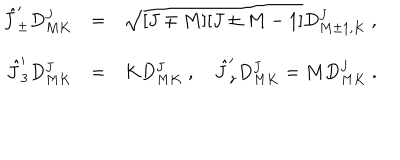
\begin{array} { r c l } { { \hat { J } _ { \pm } ^ { \prime } D _ { M K } ^ { J } } } & { { = } } & { { \sqrt { [ J \mp M ] [ J \pm M - 1 ] } D _ { M \pm 1 , K } ^ { J } ~ , } } \\ { { \hat { J } _ { 3 } ^ { \prime } D _ { M K } ^ { J } } } & { { = } } & { { K D _ { M K } ^ { J } ~ , ~ \hat { J } _ { z } ^ { \prime } D _ { M K } ^ { J } = M D _ { M K } ^ { J } ~ . } } \\ \end{array}